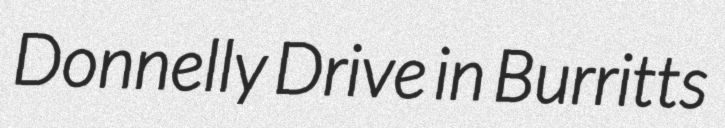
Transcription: Donnelly Drive in Burritts